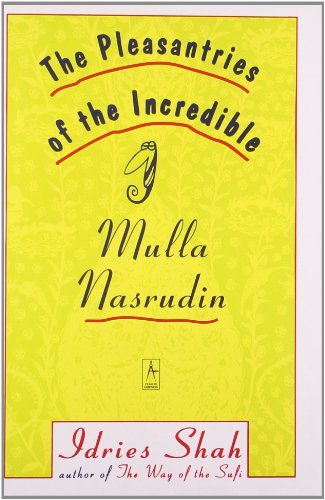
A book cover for The Pleasantries of the Incredible Mulla Nasrudin (Compass); Idries Shah; Religion & Spirituality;